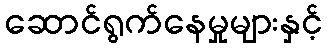
ဆောင်ရွက်နေမှုများနှင့်